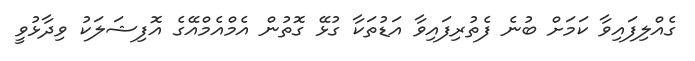
ގެއްލިފައިވާ ކަމަށް ބުނެ ފެތުރިފައިވާ އަޑުތަކާ ގުޅޭ ގޮތުން އެމްއެމްއޭގެ އޮފިޝަލަކު ވިދާޅުވީ